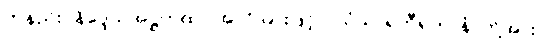
တနည်း (နိဒ္ဒေသအဋ္ဌကထာ အလိုအားဖြင့်။) သံသာရဘီရုကာနံ၊ တို့အား။